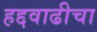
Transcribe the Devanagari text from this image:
हद्दवाढीचा